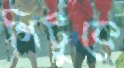
গিট্টুকে